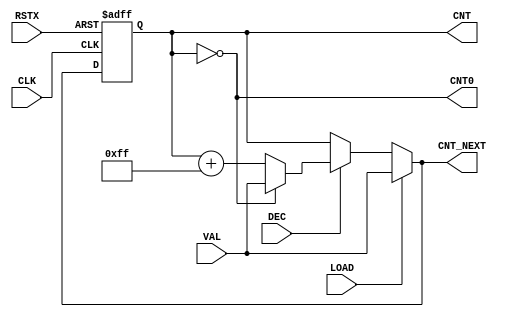
module cnt_down #(parameter BW = 'd8) (
 input               RSTX,
 input               CLK,
 input               DEC,
 input               LOAD,
 input      [BW-1:0] VAL,
 output              CNT0,
 output reg [BW-1:0] CNT,
 output     [BW-1:0] CNT_NEXT
);

assign CNT_NEXT = LOAD ? VAL
                : !DEC ? CNT
                : CNT0 ? VAL
                :        CNT + {BW{1'b1}};
always @(posedge CLK or negedge RSTX)
  if (!RSTX) CNT <= {BW{1'b0}};
  else       CNT <= CNT_NEXT;
assign CNT0 = CNT == {BW{1'b0}};

endmodule